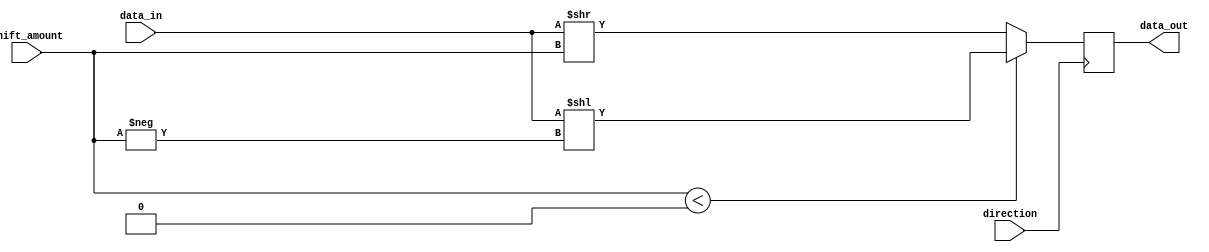
module barrel_shifter(
    input [7:0] data_in,
    input [2:0] shift_amount,
    input direction,
    output [7:0] data_out
);

reg [7:0] shifted_data;

always @ (posedge direction) begin
    if (shift_amount < 0) begin
        shifted_data <= data_in << -shift_amount;
    end else begin
        shifted_data <= data_in >> shift_amount;
    end
end

assign data_out = shifted_data;

endmodule